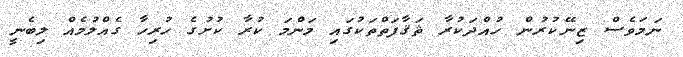
ނަމަވެސް ޒިނޭކުރުން ހުއްދަކުރާ ޘަޤާފަތްތަކުގައި މަންމަ ކުރާ ކުށުގެ ހުރިހާ ގެއްލުމެއް ލިބެނީ